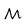
Character: M